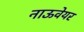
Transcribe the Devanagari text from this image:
नाऊवेयर